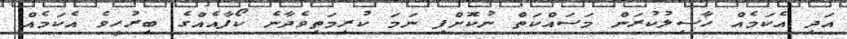
އަދި އެކަމެއް ހާސިލުކުރަން މަސައްކަތް ނުކޮށްފި ނަމަ ކުރިމަތިވެދާނެ ކޯފާއެއްގެ ބިރުހީވެ އެކަމެއް